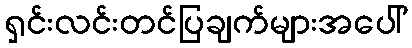
ရှင်းလင်းတင်ပြချက်များအပေါ်